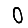
Digit: 0